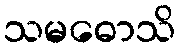
သမဓောသိ